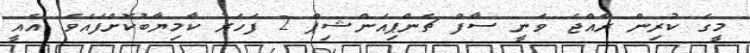
މީގެ ކުރިން ރާއްޖެ ވަނީ ސާފް ޗެންޕިއަންޝިޕް 2 ފަހަރު ކާމިޔާބުކޮށްފައެވެ. އެއީ